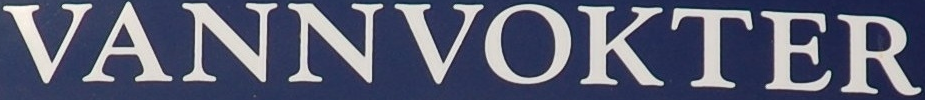
VANNVOKTER